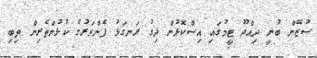
ސުޒޭން ބުނީ ދިއްދޫ ޓީމުގައި އިިސްކޮޅުން ދިގު ރަނގަޅު ފެންވަރުގެ ކުޅުންތެރިން ތިބި